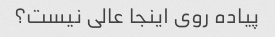
پیاده روی اینجا عالی نیست؟